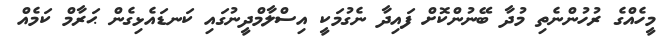
މީހެއްގެ ރުހުންނެތި މުދާ ބޭނުންކޮށް ފައިދާ ނެގުމަކީ އިސްލާމްދީނުގައި ކަނޑައެޅިގެން ޙަރާމް ކަމެއް